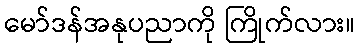
မော်ဒန်အနုပညာကို ကြိုက်လား။